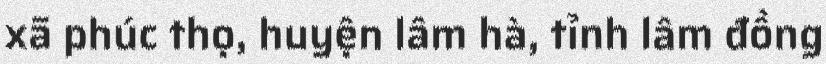
xã phúc thọ, huyện lâm hà, tỉnh lâm đồng